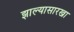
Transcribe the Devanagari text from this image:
झाल्यासारखा